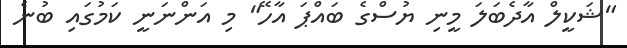
"ޝަކީލް އާދެބަލަ މީނި ޔުސްގެ ބައްޕަ އާހޭ" މި އަންނަނީ ކަމުގައި ބުނެ